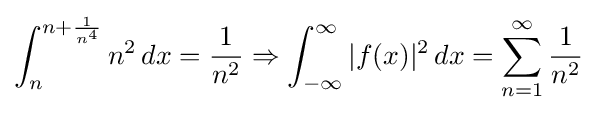
\int _{n}^{n+{\frac {1}{n^{4}}}}n^{2}\,dx={\frac {1}{n^{2}}}\Rightarrow \int _{-\infty }^{\infty }|f(x)|^{2}\,dx=\sum _{n=1}^{\infty }{\frac {1}{n^{2}}}